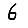
Digit: 6